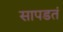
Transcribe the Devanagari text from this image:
सापडतं